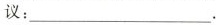
议：___.